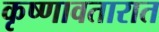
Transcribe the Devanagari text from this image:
कृष्णावतारात